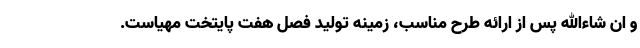
و ان شاءالله پس از ارائه طرح مناسب، زمینه تولید فصل هفت پایتخت مهیاست.